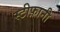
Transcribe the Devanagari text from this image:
स्टीफ़ानी